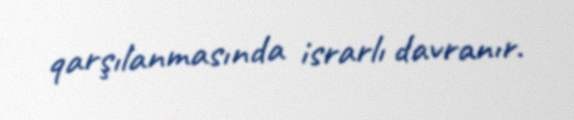
qarşılanmasında israrlı davranır.